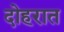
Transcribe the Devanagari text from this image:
दोहरात